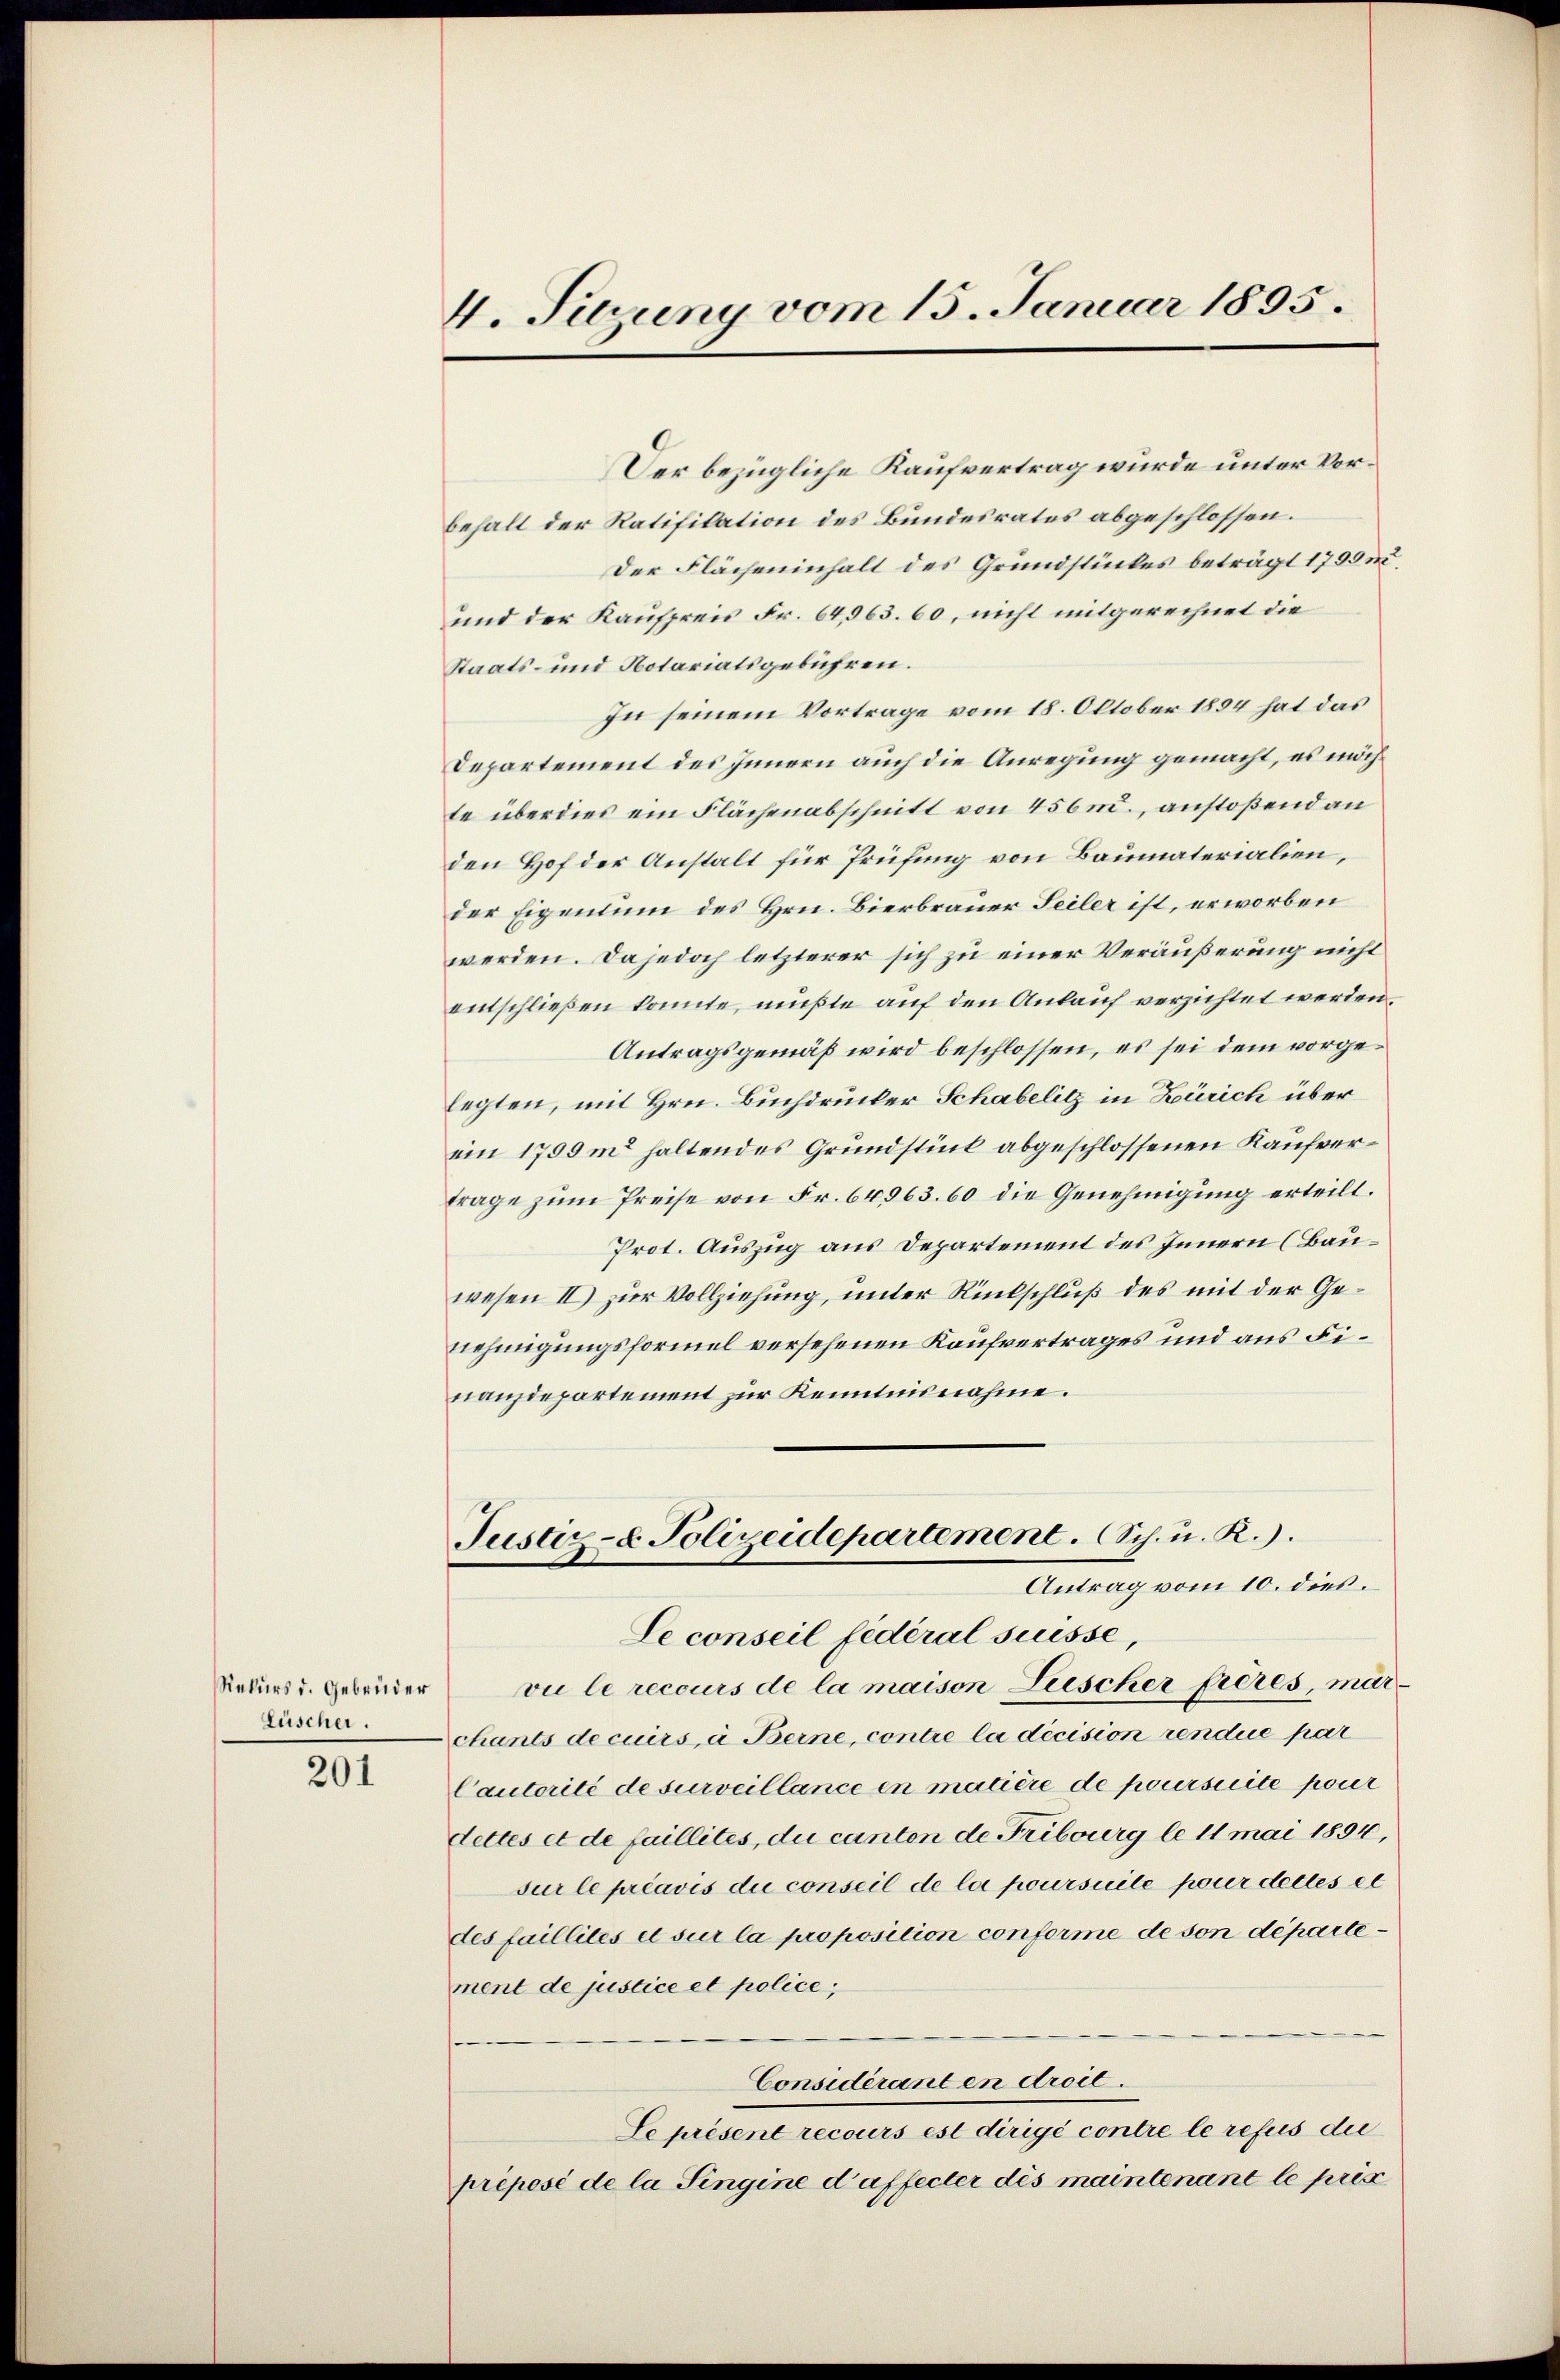
Rekurs d. Gebrüder
Lüscher.

201

4. Tuzung vom 15. Januar 1895.

Der bezügliche Kaufvertrag wurde unter Vorbehalt der Ratifikation des Bundesrates abgeschlossen.
Der Flächeninhalt des Grundstückes beträgt 1799.
und der Kaufpreis Fr. 64,963. 60, nicht mitgerechnet die
Staats- und Notariatsgebühren.
In seinem Vortrage vom 18. Oktober 1894 hat das
Departement des Innern auch die Anregung gemacht, es möchte überdies ein Flächenabschnitt von 456 m., anstoßend an
den Hof der Anstalt für Prüfung von Baumaterialien,
der Eigentum des Hrn. Bierbrauer Seiler ist, erworben
werden. Da jedoch letzterer sich zu einer Veräußerung nicht
entschließen konnte, müßte auf den Anlauf verzichtet werden.
Antragsgemäß wird beschlossen, es sei dem vorgelegten, mit Hrn. Buchdrucker Schabelitz in Zürich über
ein 1799m haltendes Grundstück abgeschlossenen Kaufverfrage zum Preise von Fr. 64963. 60 die Genehmigung erteilt.
Prot. Auszug aus Departement des Innern (Bauwesen II) zur Vollziehung, unter Rückschluß des mit der Genehmigungsformel versehenen Kaufvertrages und aus Finanzdepartement zur Kenntnisnahme.
Justiz- & Polizeidepartement. Sch. u. R.).
Antrag vom 10. dies.
Le conseil fédéral suisse,
vu le recours de la maison Liescher freres, marchants decuirs, à Berne, contre la décision rendue par
Cautorité de surveillance en matière de poursuite pour
dettes et de faillites, du canton de Fribourg le 11 mai 1894,
sur le préavis die conseil de la poursuite parer dettes et
des faillités et sur la proposition conforme de son département de justice et police;
Considéranten droit.
Le présent recours est dirigé contre le refus die
prépesi de la Singine daffecter des maintenant le pris